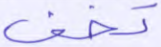
تخف